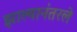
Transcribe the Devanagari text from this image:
झाल्यानंतरले